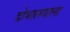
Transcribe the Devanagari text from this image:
दोभालवाला